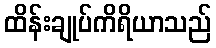
ထိန်းချုပ်ကိရိယာသည်